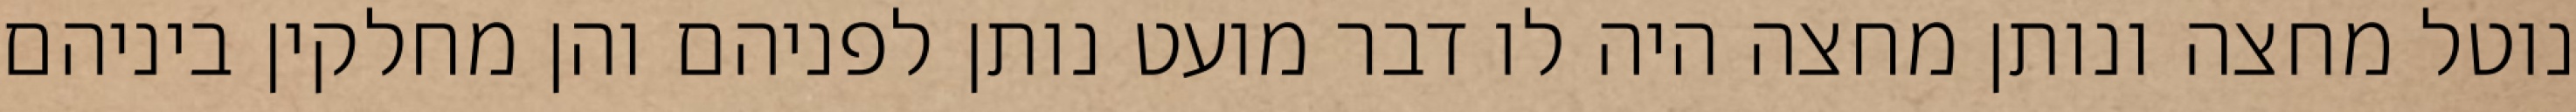
נוטל מחצה ונותן מחצה היה לו דבר מועט נותן לפניהם והן מחלקין ביניהם